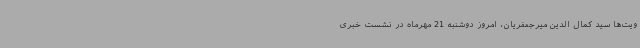
ویت‌ها سید کمال الدین میرجعفریان، امروز دوشنبه 21 مهرماه در نشست خبری